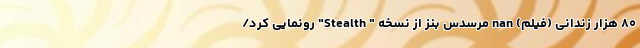
۸۰ هزار زندانی (فیلم) nan مرسدس بنز از نسخه " Stealth" رونمایی کرد/